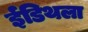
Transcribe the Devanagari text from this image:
ईडिथला